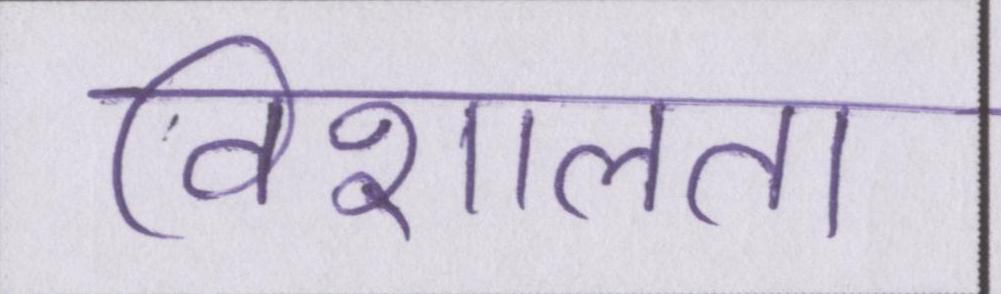
विशालता